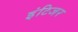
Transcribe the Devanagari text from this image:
इंटिजर